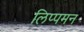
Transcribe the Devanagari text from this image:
लिप्पमन